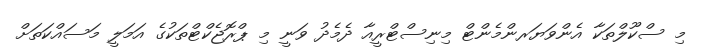
މި ސްކޫލްތަކާ އެންވަޔަރންމެންޓް މިނިސްޓްރީއާ ދެމެދު ވަނީ މި ޕްރޮޖެކްޓްތަކުގެ އަމަލީ މަސައްކަތަށް